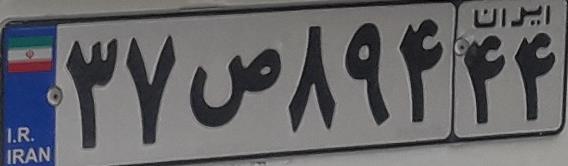
۳۷ص۸۹۴۴۴